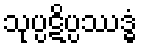
သုပ္ပဋိပ္ပဿဒ္ဓံ